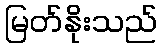
မြတ်နိုးသည်